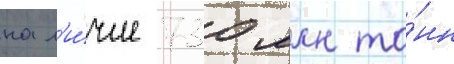
нал'и́чие 730 млн то́нн